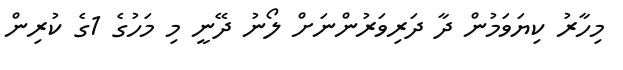
މިހާރު ކިޔަވަމުން ދާ ދަރިވަރުންނަށް ލޯނު ދޭނީ މި މަހުގެ 1ގެ ކުރިން